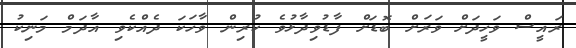
ރައީސް ވަހީދަށް ވަރަށް ބޮޑަށް ފާޑުވިދާޅުވެ ކުރިން ވާހަކަ ދެއްކެވި އާދަމް މަނިކު